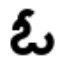
ఓ